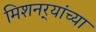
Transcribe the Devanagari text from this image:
मिशनर्‍यांच्या